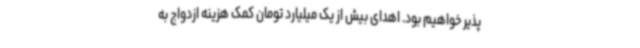
پذیر خواهیم بود. اهدای بیش از یک میلیارد تومان کمک هزینه ازدواج به